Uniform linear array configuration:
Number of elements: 48
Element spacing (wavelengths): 0.75
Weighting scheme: kaiser
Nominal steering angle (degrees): -15
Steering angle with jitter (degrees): -15.546
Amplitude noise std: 0.05
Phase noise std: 0.05

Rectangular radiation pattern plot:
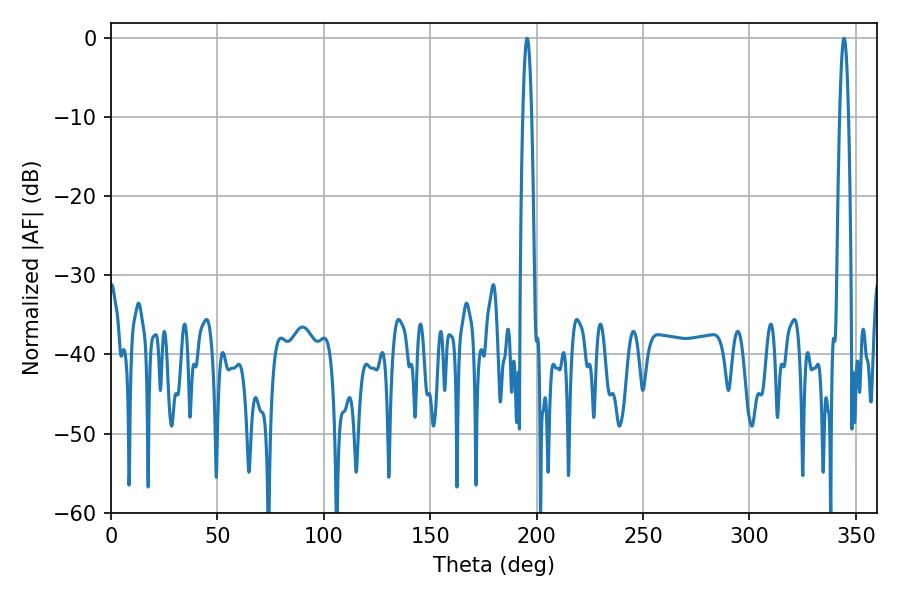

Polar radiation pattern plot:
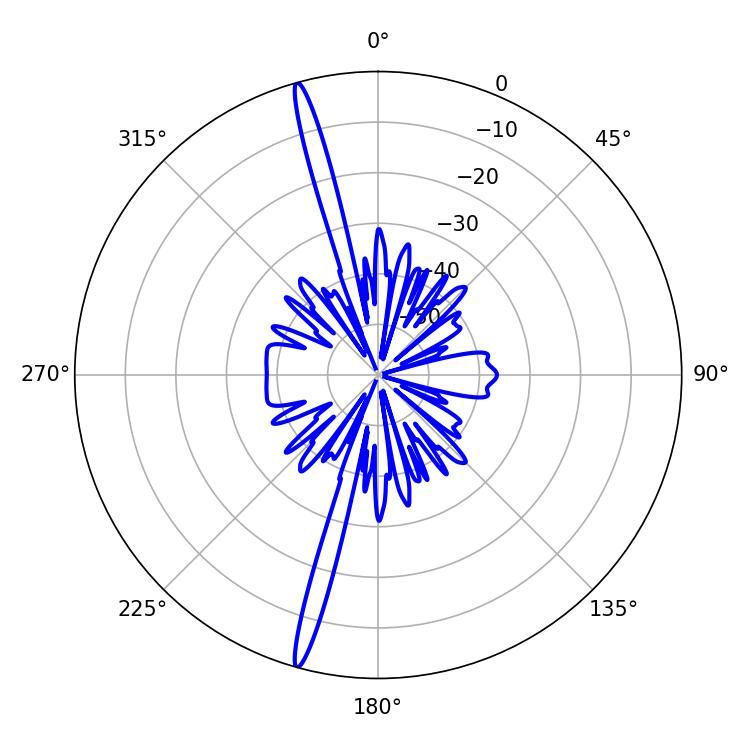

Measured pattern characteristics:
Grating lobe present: TRUE
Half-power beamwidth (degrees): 2.34
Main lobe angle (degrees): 344.52